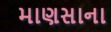
માણસાના